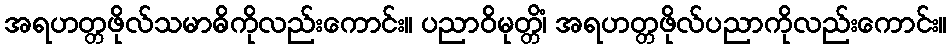
အရဟတ္တဖိုလ်သမာဓိကိုလည်းကောင်း။ ပညာဝိမုတ္တိံ၊ အရဟတ္တဖိုလ်ပညာကိုလည်းကောင်း။